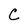
Character: C